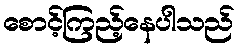
စောင့်ကြည့်နေပါသည်